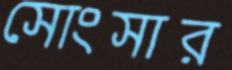
সোংসার